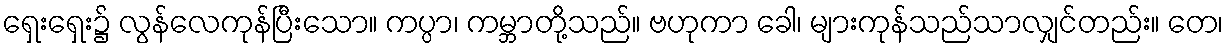
ရှေးရှေး၌ လွန်လေကုန်ပြီးသော။ ကပ္ပာ၊ ကမ္ဘာတို့သည်။ ဗဟုကာ ခေါ၊ များကုန်သည်သာလျှင်တည်း။ တေ၊